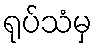
ရုပ်သံမှ